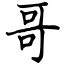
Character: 哥